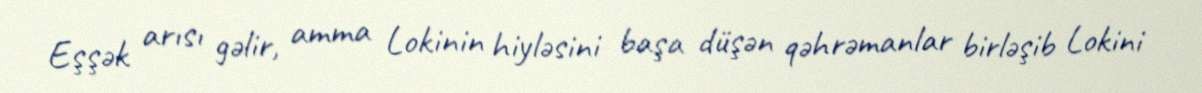
Eşşək arısı gəlir, amma Lokinin hiyləsini başa düşən qəhrəmanlar birləşib Lokini